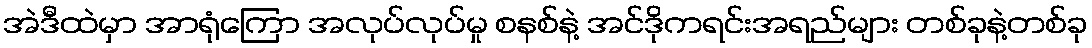
အဲဒီထဲမှာ အာရုံကြော အလုပ်လုပ်မှု စနစ်နဲ့ အင်ဒိုကရင်းအရည်များ တစ်ခုနဲ့တစ်ခု